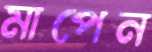
মাপেন